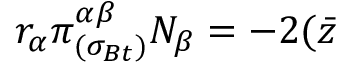
r _ { \alpha } \pi _ { ( \sigma _ { B t } ) } ^ { \alpha \beta } N _ { \beta } = - 2 ( \bar { z }